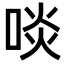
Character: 啖